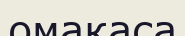
омақаса